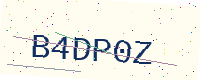
Text: B4DP0Z